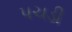
પચડી